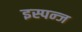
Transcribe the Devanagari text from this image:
इस्पन्ज